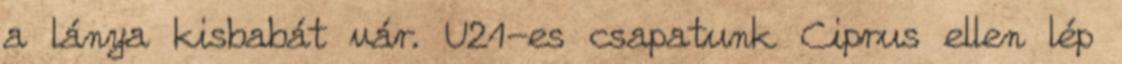
a lánya kisbabát vár. U21-es csapatunk Ciprus ellen lép